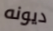
ديونه